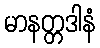
မာနတ္တဒါနံ